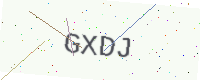
Text: GXDJ